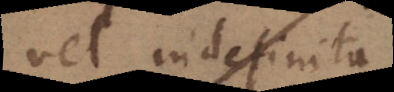
vel indefinita,